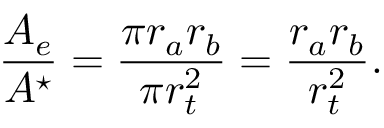
\frac { A _ { e } } { A ^ { \star } } = \frac { \pi r _ { a } r _ { b } } { \pi r _ { t } ^ { 2 } } = \frac { r _ { a } r _ { b } } { r _ { t } ^ { 2 } } .